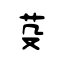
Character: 芟